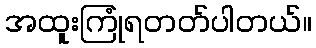
အထူးကြုံရတတ်ပါတယ်။